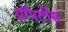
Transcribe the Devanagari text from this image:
प्रॉपर्टीस